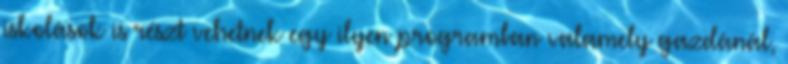
iskolások is részt vehetnek egy ilyen programban valamely gazdánál,